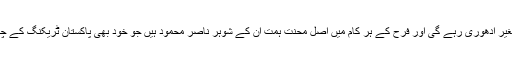
پاکستان ٹریکنگ کی تاریخ فرح کے بغیر ادھوری رہے گی اور فرح کے ہر کام میں اصل محنت ہمت ان کے شوہر ناصر محمود ہیں جو خود بھی پاکستان ٹریکنگ کے چند بڑے ترین ناموں میں سے ایک ہیں۔